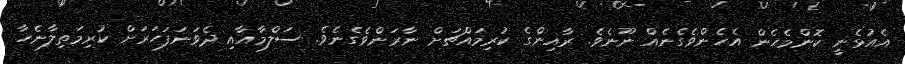
އެއުޅެނީ ކޮންމެހެން އެހެންވެގެނެއް ނޫނެވެ. ރާއިންގެ ކުރިމައްޗަށް ނާރަންވެގެނެވެ. ސަލްމާއާއި ދެވަނަފަހަރަށް ކުރިމަތިލާނެހާ